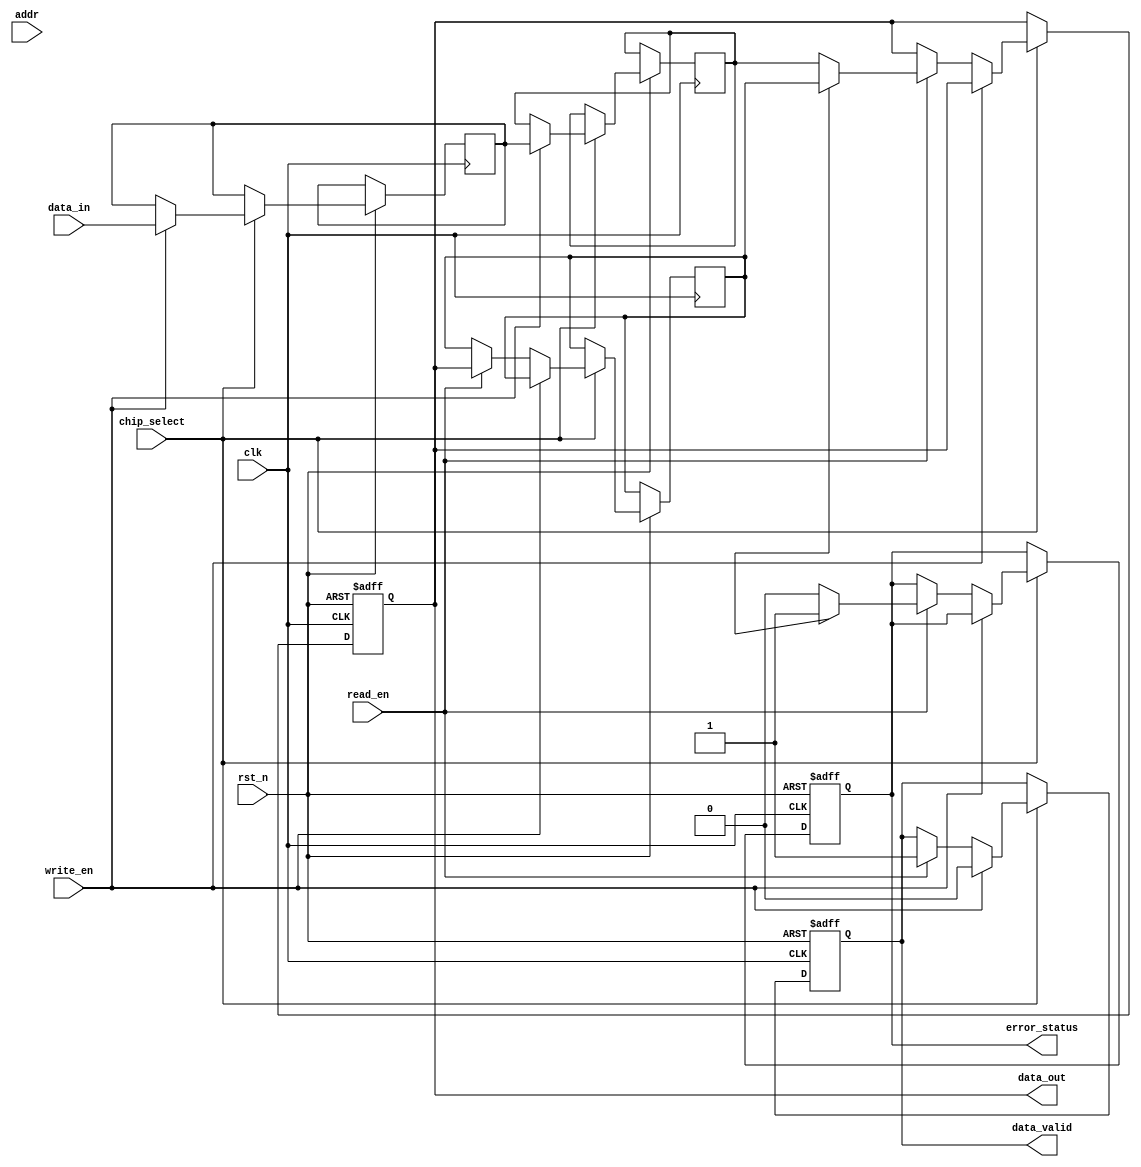
module ECC_DRAM_IO (
    input wire clk,
    input wire rst_n,
    input wire [63:0] data_in,
    input wire [7:0] addr,
    input wire read_en,
    input wire write_en,
    input wire chip_select,
    output reg [63:0] data_out,
    output reg data_valid,
    output reg error_status
);

// Internal signals
reg [63:0] data_buffer;
reg [7:0] ecc_buffer;
reg [63:0] ecc_encoded_data;
reg [63:0] ecc_decoded_data;
reg error_detected;

// ECC encoding and decoding functions
function [63:0] ecc_encode(input [63:0] data);
    // Simple Hamming (7,4) encoding logic (for illustration)
    // Actual implementation would be more complex
    ecc_encode = data; // Placeholder, implement actual encoding
endfunction

function [63:0] ecc_decode(input [63:0] data, input [7:0] ecc);
    // Simple error detection and correction logic (for illustration)
    // Actual implementation would be more complex
    ecc_decode = data; // Placeholder, implement actual decoding
endfunction

// Control logic for read/write operations
always @(posedge clk or negedge rst_n) begin
    if (!rst_n) begin
        data_out <= 64'b0;
        data_valid <= 1'b0;
        error_status <= 1'b0;
    end else begin
        if (chip_select) begin
            if (write_en) begin
                // Write operation
                ecc_encoded_data <= ecc_encode(data_in);
                data_buffer <= ecc_encoded_data; // Store encoded data
                data_valid <= 1'b0; // Data not valid until read
            end else if (read_en) begin
                // Read operation
                data_out <= data_buffer; // Output stored data
                ecc_decoded_data <= ecc_decode(data_out, ecc_buffer);
                
                // Error detection logic
                if (error_detected) begin
                    error_status <= 1'b1; // Error detected
                    data_out <= ecc_decoded_data; // Corrected data
                end else begin
                    error_status <= 1'b0; // No error
                end
                
                data_valid <= 1'b1; // Data is valid now
            end
        end
    end
end

// Power management logic (placeholder)
always @(posedge clk or negedge rst_n) begin
    if (!rst_n) begin
        // Logic to disable power or set low power state
    end else begin
        // Logic to enable power based on operational states
    end
end

endmodule